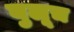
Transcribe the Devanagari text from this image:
बुलूच